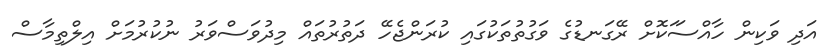
އަދި ވަކިން ހާއްސަަކޮށް ރޭގަނޑުގެ ވަގުތުތަކުގައި ކުރަންޖެހޭ ދަތުރުތައް މިދުވަސްވަރު ނުކުރުމަށް އިލްތިމާސް